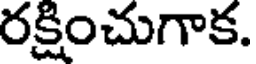
రక్షించుగాక.